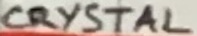
Text: CRYSTAL